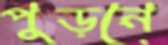
পুড়নে